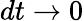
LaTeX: dt\rightarrow 0